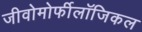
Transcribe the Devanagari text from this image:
जीवोमोर्फीलॉजिकल